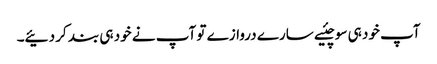
آپ خود ہی سوچئیے سارے دروازے تو آپ نے خود ہی بند کر دئیے۔